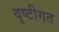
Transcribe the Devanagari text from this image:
दृष्टीगत